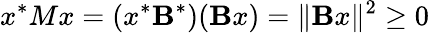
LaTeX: x^{*}Mx=(x^{*}\mathbf{B}^{*})(\mathbf{B}x)=\| \mathbf{B}x\| ^{2}\geq0